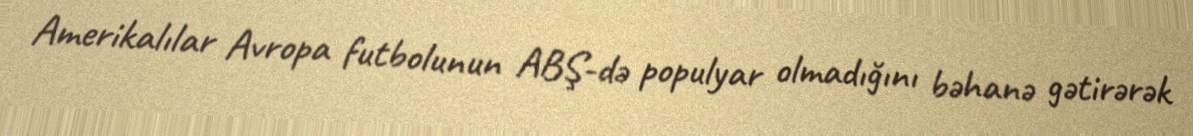
Amerikalılar Avropa futbolunun ABŞ-də populyar olmadığını bəhanə gətirərək